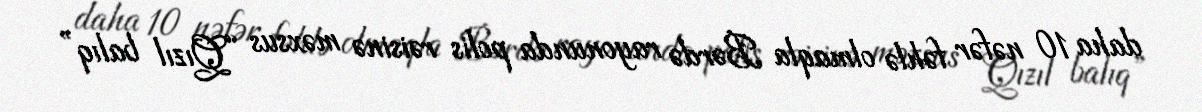
daha 10 nəfər fəhlə olmaqla Bərdə rayonunda polis rəisinə məxsus “Qızıl balıq”